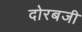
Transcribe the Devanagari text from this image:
दोरबजी